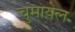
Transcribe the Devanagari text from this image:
चुमायेल